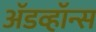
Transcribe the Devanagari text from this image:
ॲडव्हॉन्स